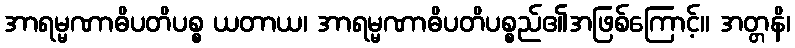
အာရမ္မဏာဓိပတိပစ္စ ယတာယ၊ အာရမ္မဏာဓိပတိပစ္စည်၏အဖြစ်ကြောင့်။ အတ္တနိ၊